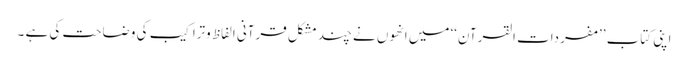
اپنی کتاب ’’مفردات القرآن‘‘ میں انھوں نے چند مشکل قرآنی الفاظ وتراکیب کی وضاحت کی ہے ۔